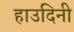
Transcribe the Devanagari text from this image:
हाउदिनी